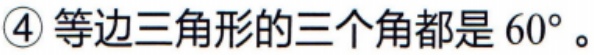
\textcircled{4} 等边三角形的三个角都是 \(60^{\circ}\)。